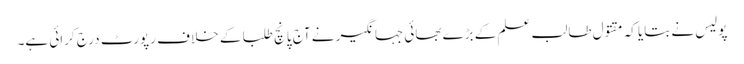
پولیس نے بتایا کہ مقتول طالب علم کے بڑے بھائی جہانگیر نے آج پانچ طلبا کے خلا ف رپورٹ درج کرائی ہے۔